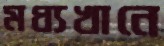
মধ্যখানে